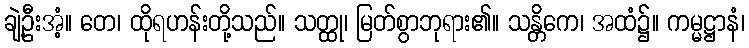
ချဲ့ဦးအံ့။ တေ၊ ထိုရဟန်းတို့သည်။ သတ္ထု၊ မြတ်စွာဘုရား၏။ သန္တိကေ၊ အထံ၌။ ကမ္မဋ္ဌာနံ၊